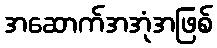
အဆောက်အအုံအဖြစ်